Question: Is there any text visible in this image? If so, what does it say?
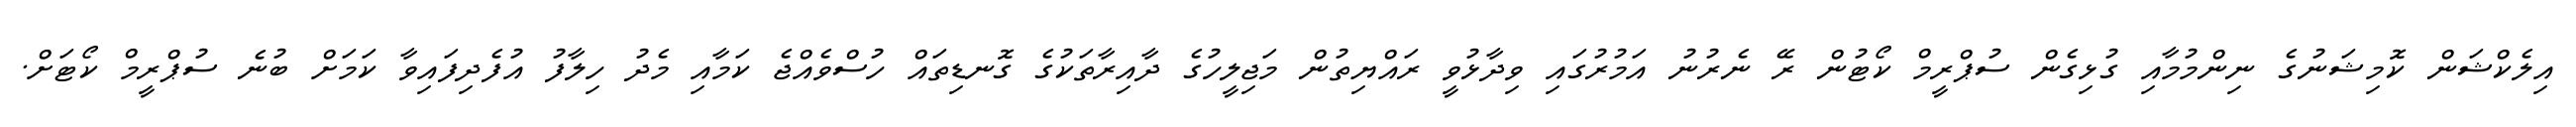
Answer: އިލެކްޝަން ކޮމިޝަނުގެ ނިންމުމާއި ގުޅިގެން ސުޕްރީމް ކޯޓުން ރޭ ނެރުނު އަމުރުގައި ވިދާޅުވީ ރައްޔިތުން މަޖިލީހުގެ ދާއިރާތަކުގެ ގޮނޑިތައް ހުސްވެއްޖެ ކަމާއި މެދު ހިލާފު އުފެދިފައިވާ ކަމަށް ބުނެ ސުޕްރީމް ކޯޓަށް.